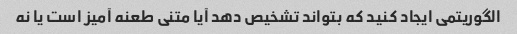
الگوریتمی ایجاد کنید که بتواند تشخیص دهد آیا متنی طعنه آمیز است یا نه